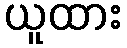
ယူထား